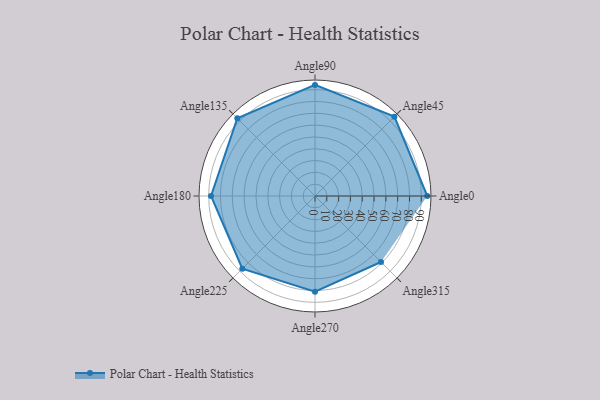
{"axis": {"x": "Angle", "y": "Radius"}, "legend": [""], "data": [{"x": "Angle0", "y": 95.0, "type": ""}, {"x": "Angle45", "y": 95.0, "type": ""}, {"x": "Angle90", "y": 94.0, "type": ""}, {"x": "Angle135", "y": 93.0, "type": ""}, {"x": "Angle180", "y": 88.0, "type": ""}, {"x": "Angle225", "y": 87.0, "type": ""}, {"x": "Angle270", "y": 81.0, "type": ""}, {"x": "Angle315", "y": 79.0, "type": ""}]}